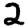
Digit: 2